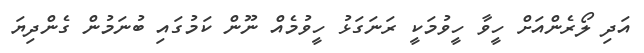
އަދި ލޯރެންއަށް ހީވާ ހީވުމަކީ ރަނަގަޅު ހީވުމެއް ނޫން ކަމުގައި ބުނަމުން ގެންދިޔަ